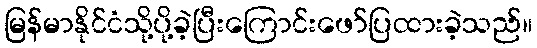
မြန်မာနိုင်ငံသို့ပို့ခဲ့ပြီးကြောင်းဖော်ပြထားခဲ့သည်။